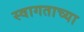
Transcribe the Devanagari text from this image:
स्वागताच्या